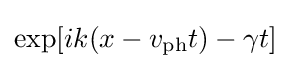
\exp[ik(x-v_{\text{ph}}t)-\gamma t]